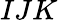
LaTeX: IJK